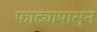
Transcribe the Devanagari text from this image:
फाट्यापासुन